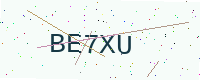
Text: BE7XU